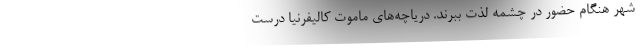
شهر هنگام حضور در چشمه لذت ببرند. دریاچه‌های ماموت کالیفرنیا درست